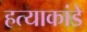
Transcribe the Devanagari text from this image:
हत्याकांडे